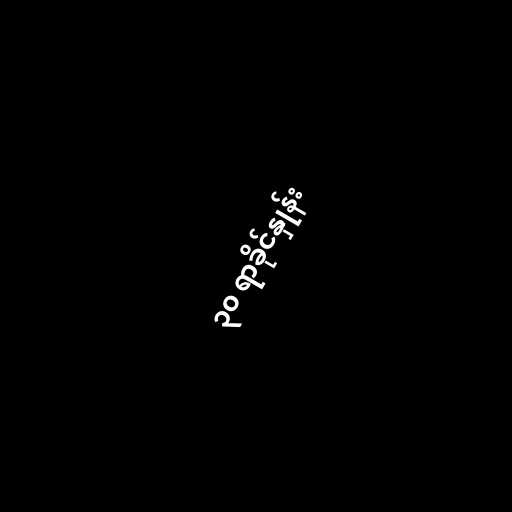
၃၀ ရာခိုင်နှုန်း